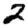
Digit: 2